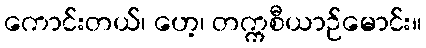
ကောင်းတယ်၊ ဟေ့၊ တက္ကစီယာဉ်မောင်း။